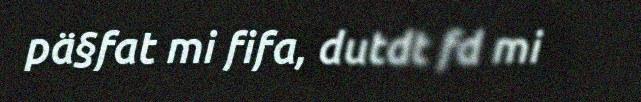
pä§fat mi fifa, dutdt fd mi